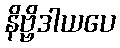
နိဗ္ဗိဒါယပေ